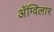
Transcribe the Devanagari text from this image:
अॅग्विलार